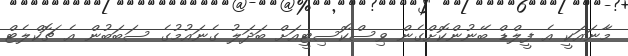
މާނައަކީ އެ ފީލްޑް ބޭނުންކޮށްގެން ވިސްކޮސިޓީއަށް ބަދަލު ގެނައުމުގެ ސަބަބުން އެ ޗޮކްލެޓް